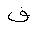
Letter: _fa